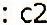
: C2